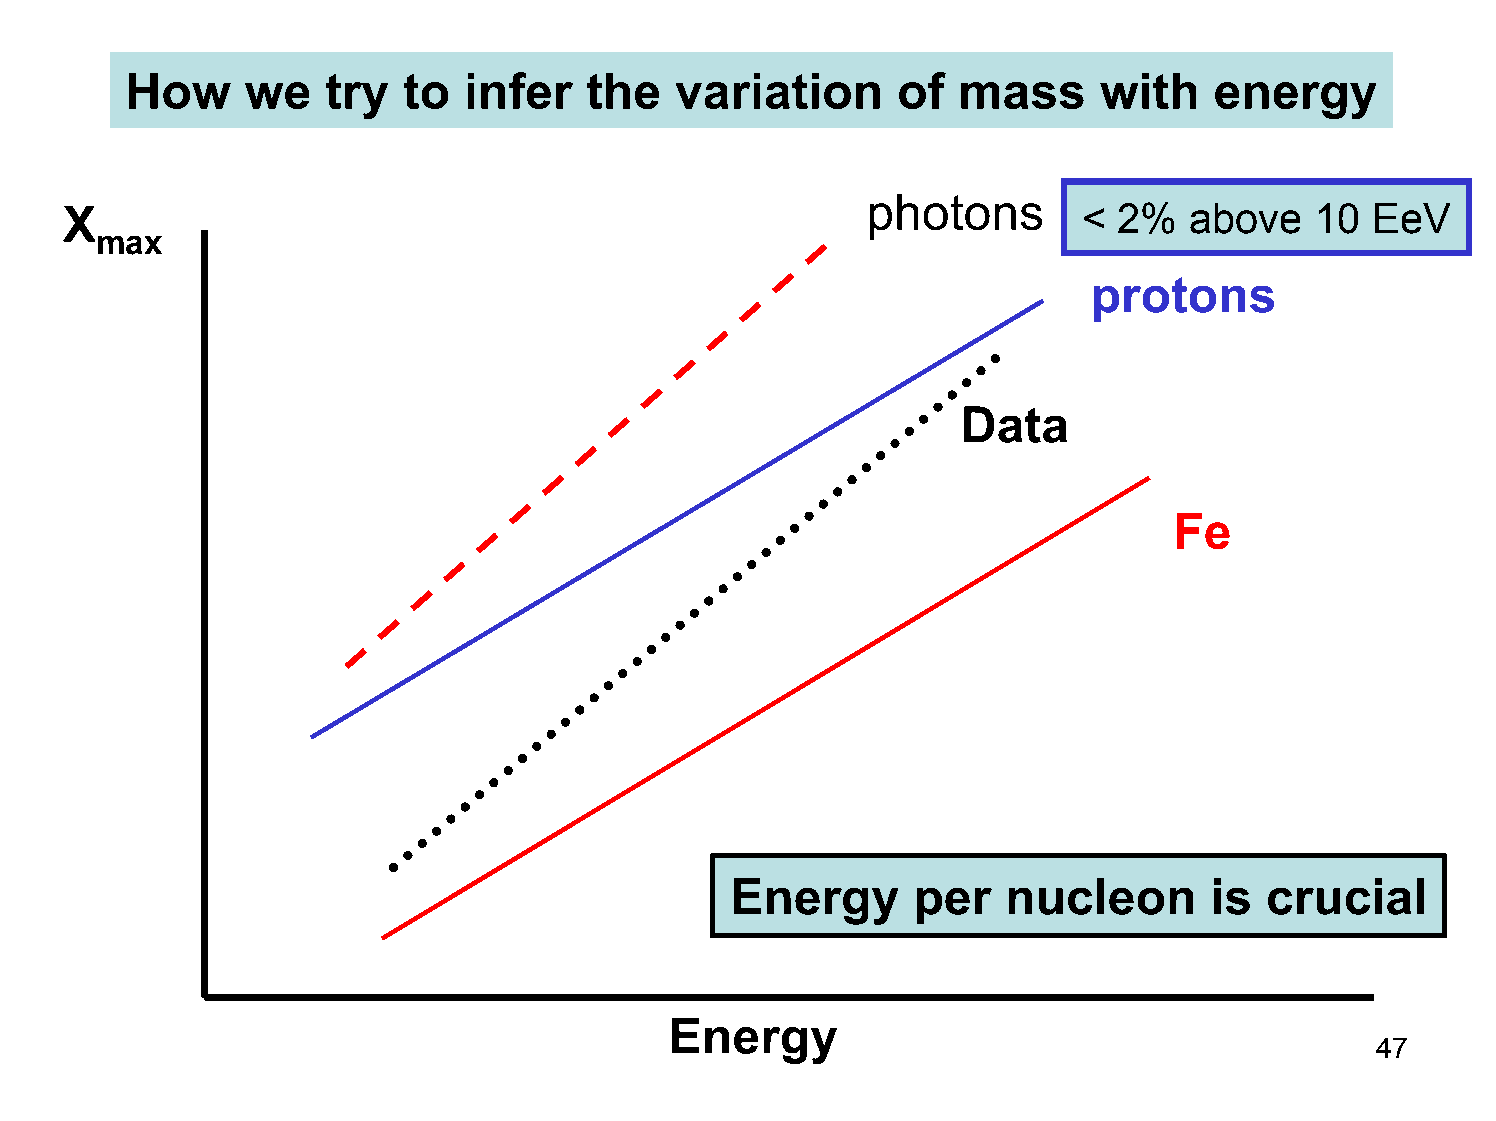
How     we    try  to  infer   the   variation     of   mass     with   energy
 photons
 X                                                                   < 2%   above   10  EeV
 max
 protons
 Data
 Fe
 Energy       per   nucleon      is  crucial
 Energy
 47